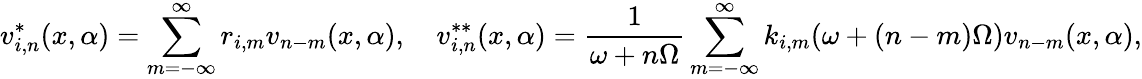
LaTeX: v_{i,n}^{*}(x,\alpha)=\sum_{m=-\infty}^{\infty}r_{i,m}v_{n-m}(x,\alpha),\quad v_{i,n}^{**}(x,\alpha)=\frac{1}{\omega+n\Omega}\sum_{m=-\infty}^{\infty}k_{i,m}(\omega+(n-m)\Omega)v_{n-m}(x,\alpha),